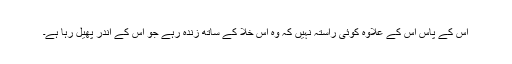
اس کے پاس اس کے علاوہ کوئی راستہ نہیں کہ وہ اس خلا کے ساتھ زندہ رہے جو اس کے اندر پھیل رہا ہے۔